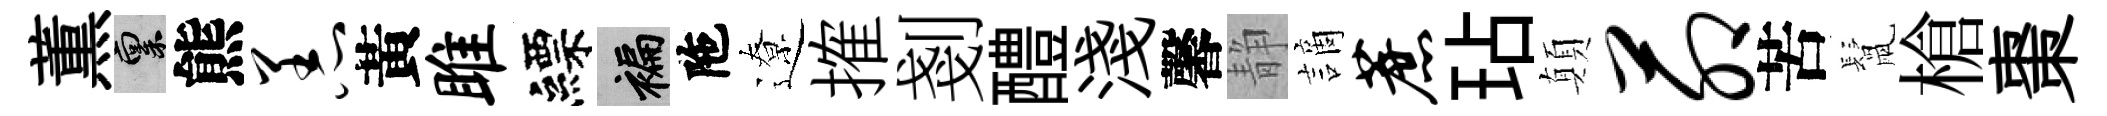
薫禀熊恙黃雎縹褊陁遼搉剗醴淺馨静謫蔗玷顛茆苦鬛槍棗